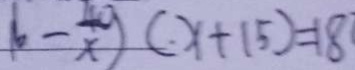
( b - \frac { 4 0 } { x } ) ( x + 1 5 ) = 1 8